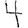
Digit: 4